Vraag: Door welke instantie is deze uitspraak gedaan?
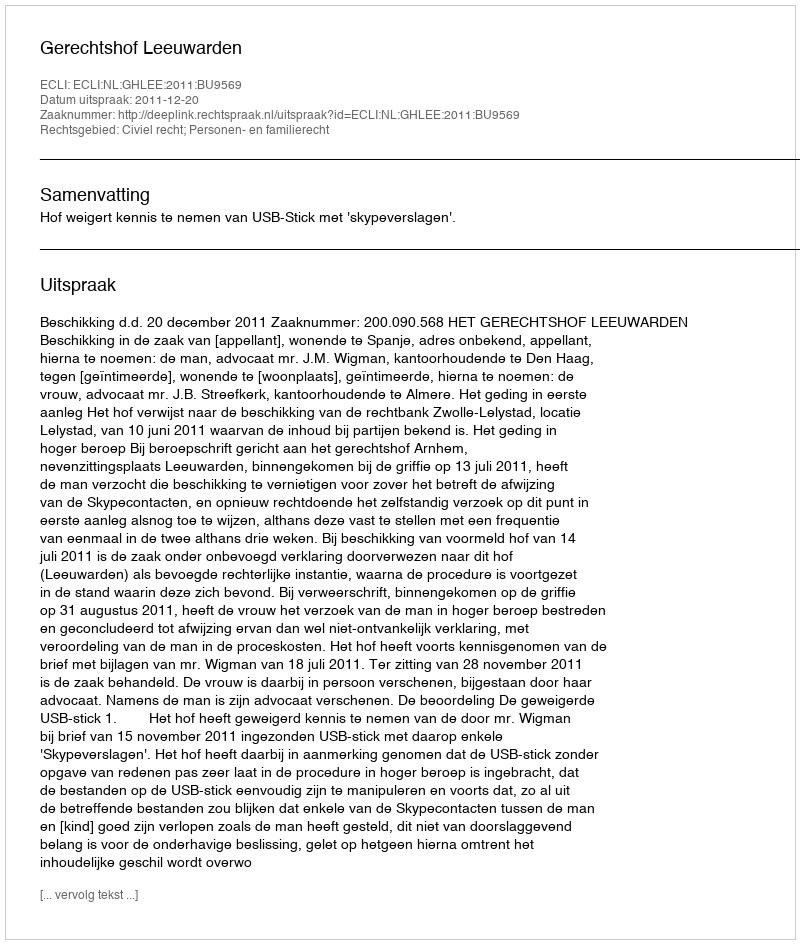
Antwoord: Gerechtshof Leeuwarden